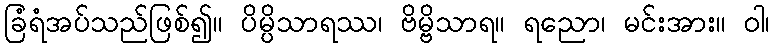
ခြံရံအပ်သည်ဖြစ်၍။ ပိမ္ပိသာရဿ၊ ဗိမ္ဗိသာရ။ ရညော၊ မင်းအား။ ဝါ၊